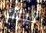
تيلك